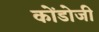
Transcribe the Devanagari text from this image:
कोंडोजी